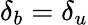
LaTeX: \delta_{b}=\delta_{u}